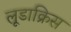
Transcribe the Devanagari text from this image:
लूडाक्रिस